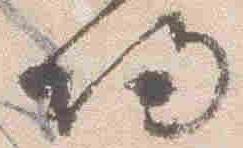
帰